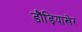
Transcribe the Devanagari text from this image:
डौंड़ियाखेर